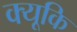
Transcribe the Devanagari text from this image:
क्यूकि